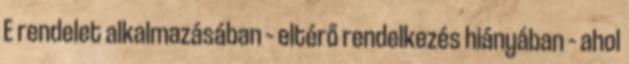
E rendelet alkalmazásában – eltérő rendelkezés hiányában – ahol